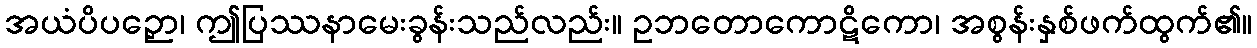
အယံပိပဉှော၊ ဤပြဿနာမေးခွန်းသည်လည်း။ ဥဘတောကောဋိကော၊ အစွန်းနှစ်ဖက်ထွက်၏။